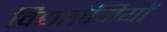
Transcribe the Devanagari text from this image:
विद्याप्रेमियों